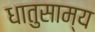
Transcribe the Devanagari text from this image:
धातुसाम्य